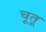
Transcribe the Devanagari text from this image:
चूतू